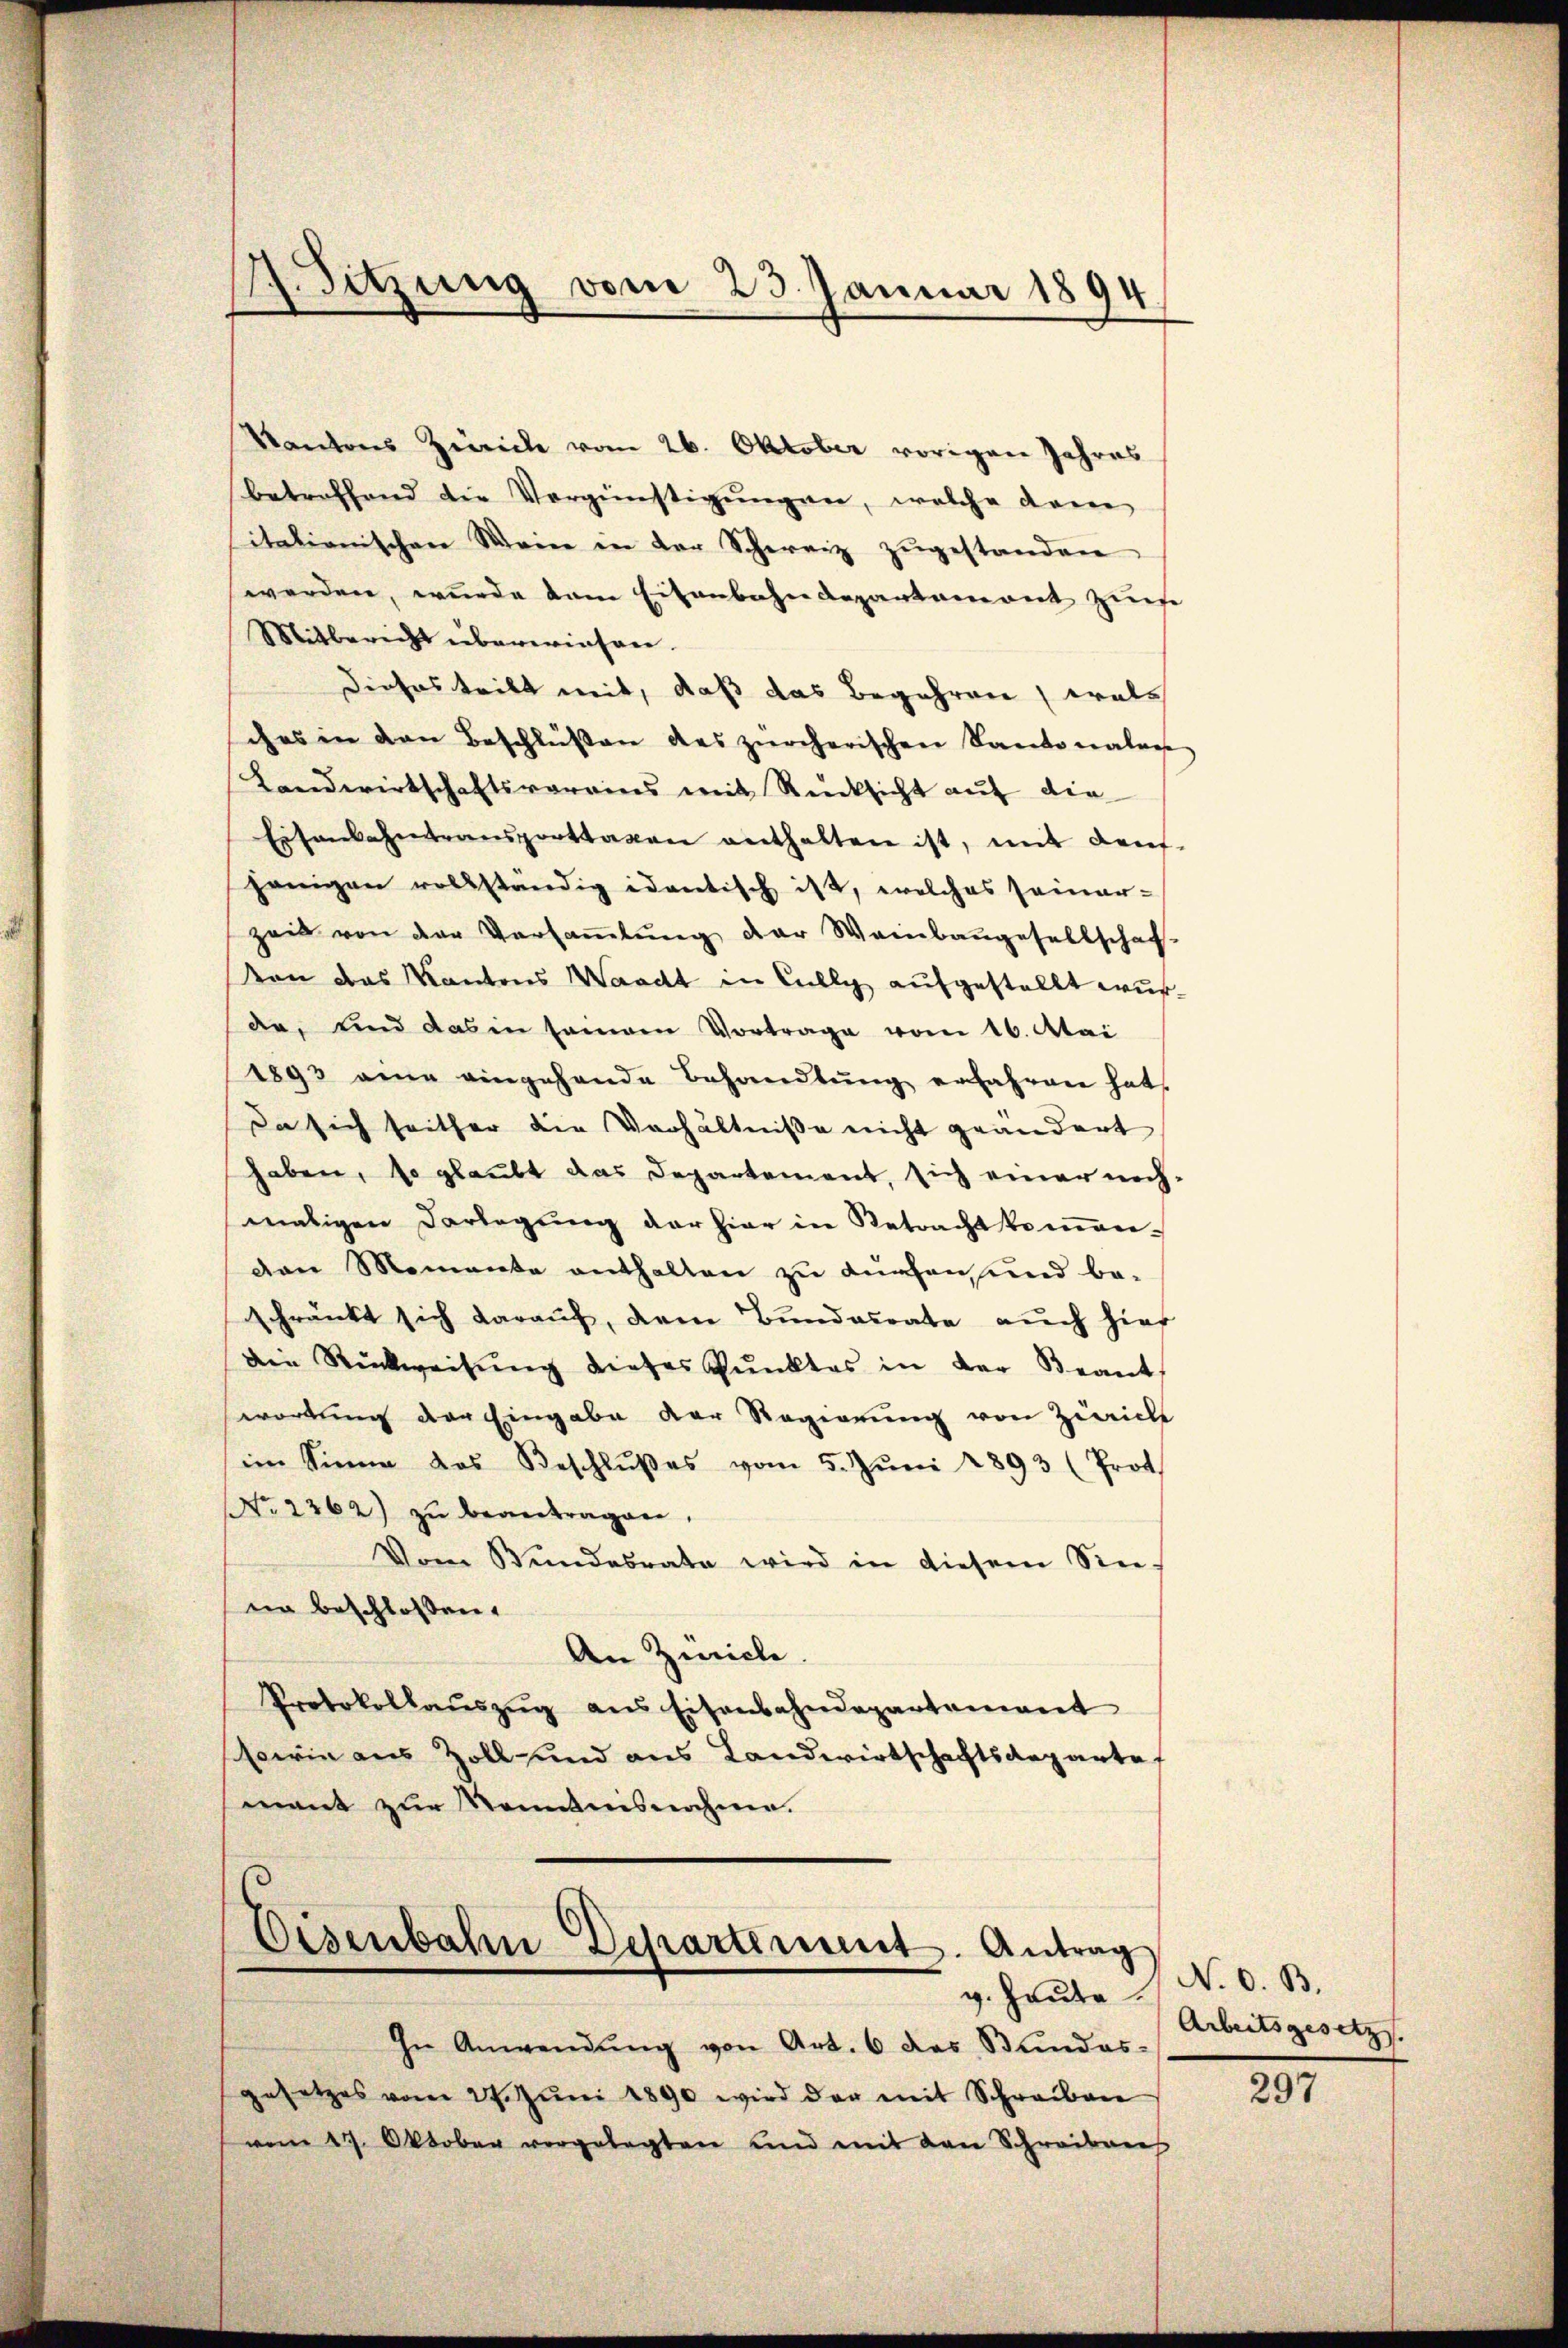
Kantons Zürich vom 26. Oktober vorigen Jahres
betreffend die Vergünstigungen, welche daran
itationischen Wein in der Schweiz zŭgestanden
werden, wurde dem Eisenbahndepartament Zinse
Mitbericht übereinsame.
Dieses teilt mit, daß das Begehren, wels
ches in den Beschlüssen des zürcherischen Kantonalen
Landwirtschaftsverains mit Rücksicht auf die
Eisenbahntransporttagen enthalten ist, mit dens-
hänigen vollständig identisch ist, welches seiner-
zeit von der Versaṁlŭng der Weinbaŭgesellschaf-
von das Kantons Waackt in Cully aufgestellt wurde, und das in seinem Vortrage vom 16. Mai
1893 ein eingehende Behandlung erfahren hat.
Da sich seither die Verhältniße nicht geändert
haben, so glaubt das Departement, sich einer noch,
maligen Darlegung der hier in Retracht kommen-
den Momente enthalten zu Knaben und be-
schränkt sich darauf, dem Bundesrate auch hier
die Rückweisŭng dieses Pŭnktes in der Beant-
wortung der Eingabe der Regierung von Zürich
im Sinne das Beschlŭβes vom 5. Jŭni 1893 (Prot
No. 2262) zu beantragen,
Vom Bundesrate wird in diesem Sin-
nn beschlossen:
An Zürich.
Protokollaŭszŭg ans Eisenbahndepartement
sowie aus Zoll- und aus Landwirtschaftsangarte
mant zur Nenntnisnahme.

17. Sitzung vom 23. Januar 1894
4

Eisenbahn Departement. Antrag
g. Heute

In Anwendŭng von Art. 6 das Bundes-
gesetzes vom 27. Jŭni 1890 wird der mit Schreiben
vom 27. Oktober vorgelegten und mit den Schreibens

N. O. B.
Arbeitsgesetz

297